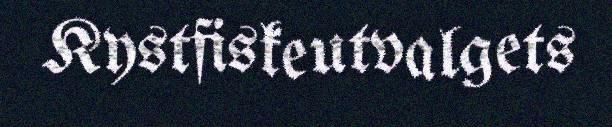
Kystfiskeutvalgets